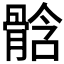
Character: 𩩊